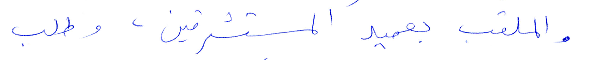
والملقب بعميد المستشرقين، وطلب